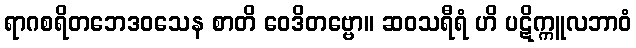
ရာဂစရိတဘေဒဝသေန စာတိ ဝေဒိတဗ္ဗော။ ဆဝသရီရံ ဟိ ပဋိက္ကူလဘာဝံ